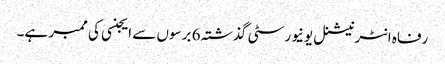
رفاہ انٹرنیشنل یونیورسٹی گذشتہ 6 برسوں سے ایجنسی کی ممبر ہے۔